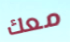
معك